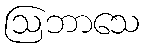
ဩဘာသေ